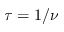
\tau = 1 / \nu